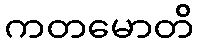
ကတမောတိ